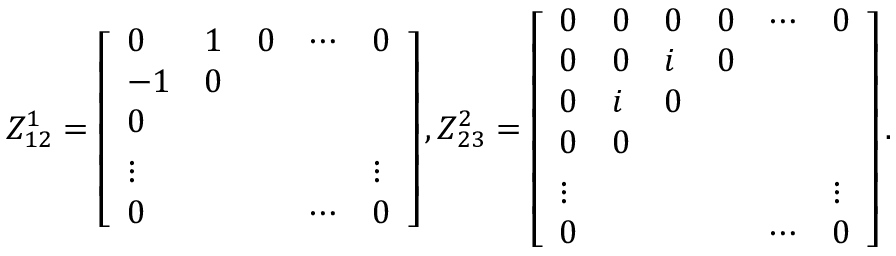
\begin{array} { r } { Z _ { 1 2 } ^ { 1 } = \left[ \begin{array} { l l l l l } { 0 } & { 1 } & { 0 } & { \cdots } & { 0 } \\ { - 1 } & { 0 } & & & \\ { 0 } & & & & \\ { \vphantom { \int ^ { 0 } } \smash [ t ] { \vdots } } & & & & { \vphantom { \int ^ { 0 } } \smash [ t ] { \vdots } } \\ { 0 } & & & { \cdots } & { 0 } \end{array} \right] , Z _ { 2 3 } ^ { 2 } = \left[ \begin{array} { l l l l l l } { 0 } & { 0 } & { 0 } & { 0 } & { \cdots } & { 0 } \\ { 0 } & { 0 } & { i } & { 0 } & & \\ { 0 } & { i } & { 0 } & & & \\ { 0 } & { 0 } & & & & \\ { \vphantom { \int ^ { 0 } } \smash [ t ] { \vdots } } & & & & & { \vphantom { \int ^ { 0 } } \smash [ t ] { \vdots } } \\ { 0 } & & & & { \cdots } & { 0 } \end{array} \right] . } \end{array}